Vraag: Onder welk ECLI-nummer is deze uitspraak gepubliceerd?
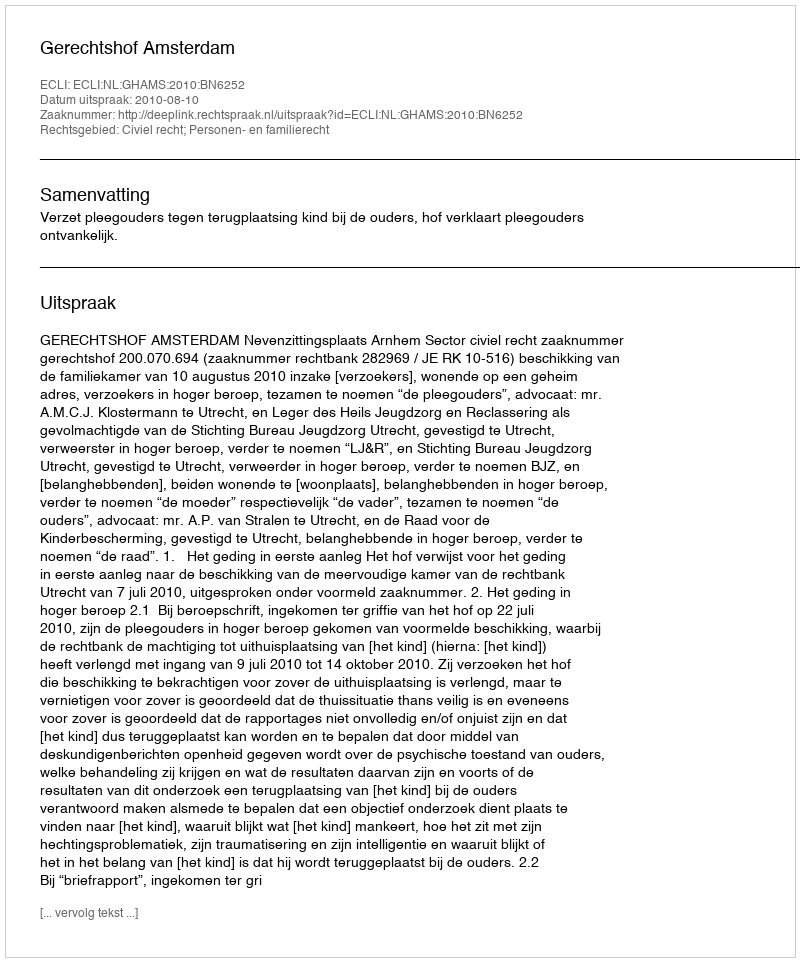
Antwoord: ECLI:NL:GHAMS:2010:BN6252